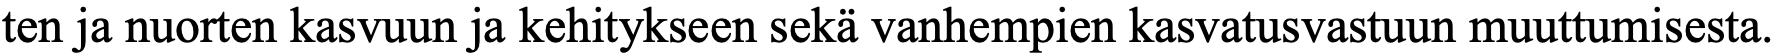
ten ja nuorten kasvuun ja kehitykseen sekä vanhempien kasvatusvastuun muuttumisesta.